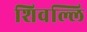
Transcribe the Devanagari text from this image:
शिवल्लि